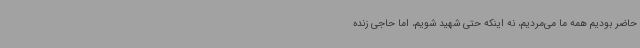
حاضر بودیم همه ما می‌مردیم، نه اینکه حتی شهید شویم، اما حاجی زنده